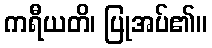
ကရီယတိ၊ ပြုအပ်၏။